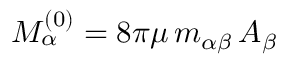
M _ { \alpha } ^ { ( 0 ) } = 8 \pi \mu \, m _ { \alpha \beta } \, A _ { \beta }